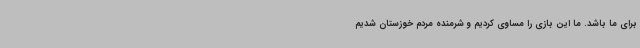
برای ما باشد. ما این بازی را مساوی کردیم و شرمنده مردم خوزستان شدیم